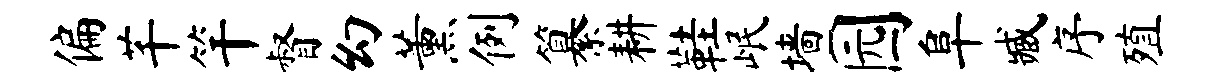
偏芊竿督幻薰例纂耕鞋岷墙园阜臧序殖